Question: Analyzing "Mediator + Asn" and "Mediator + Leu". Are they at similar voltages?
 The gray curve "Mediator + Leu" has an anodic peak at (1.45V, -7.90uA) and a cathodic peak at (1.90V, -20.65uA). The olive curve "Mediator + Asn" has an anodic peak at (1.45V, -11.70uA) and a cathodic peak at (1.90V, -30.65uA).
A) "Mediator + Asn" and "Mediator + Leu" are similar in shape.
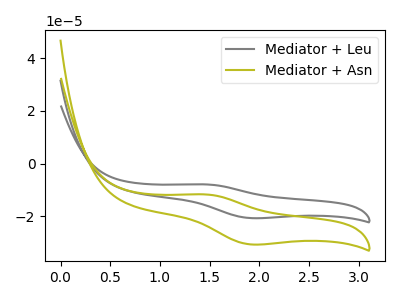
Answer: <think>All the peaks in "Mediator + Asn" have a peak in "Mediator + Leu" at the same potential.
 </think>
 <answer>A) "Mediator + Asn" and "Mediator + Leu" are similar in shape.</answer>
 <eval>A</eval>